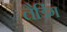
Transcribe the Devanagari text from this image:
लैडिंग